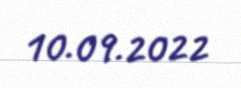
10.09.2022